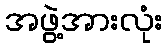
အဖွဲ့အားလုံး